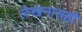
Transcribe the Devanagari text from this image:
लेखनासही